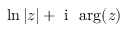
\ln | z | + \mathrm { ~ i ~ } \, \arg ( z )